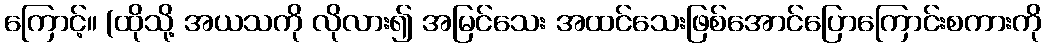
ကြောင့်။ (ထိုသို့ အယသကို လိုလား၍ အမြင်သေး အထင်သေးဖြစ်အောင်ပြောကြောင်းစကားကို